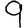
Digit: 9